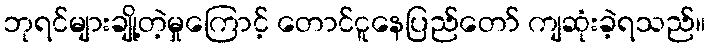
ဘုရင်များချို့တဲ့မှုကြောင့် တောင်ငူနေပြည်တော် ကျဆုံးခဲ့ရသည်။